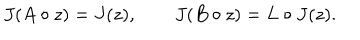
J ( A \circ z ) = J ( z ) , \qquad J ( B \circ z ) = L \circ J ( z ) .